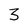
Character: 3